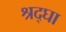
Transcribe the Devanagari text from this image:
श्रद्घा